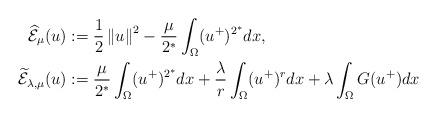
LaTeX: \begin{align*}\widehat{\mathcal E}_\mu(u) &:=\frac{1}{2}\left\|u\right\|^2 -\frac{\mu}{2^*}\int_\Omega (u^+)^{2^*} dx,\\\widetilde{\mathcal E}_{\lambda,\mu}(u)&:=\frac{\mu}{2^*}\int_\Omega (u^+)^{2^*} dx +\frac{\lambda}{r}\int_\Omega (u^+)^r dx +\lambda\int_\Omega G(u^+) dx\end{align*}